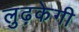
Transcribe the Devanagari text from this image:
लुढ़केगी